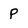
Character: P